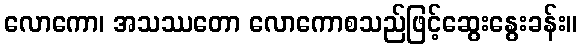
လောကော၊ အသဿတော လောကောစသည်ဖြင့်ဆွေးနွေးခန်း။